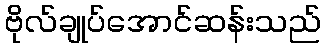
ဗိုလ်ချုပ်အောင်ဆန်းသည်